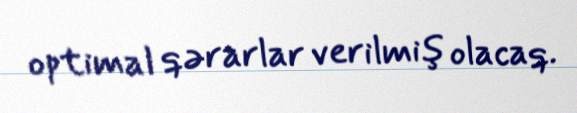
optimal qərarlar verilmiş olacaq.